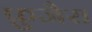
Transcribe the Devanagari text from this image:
फ़ुजैरा